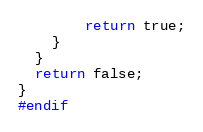
Language: C++
        return true;
    }
  }
  return false;
}
#endif